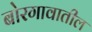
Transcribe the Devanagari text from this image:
बोरगावातील